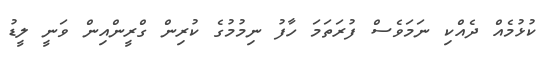
ކުޅުމެއް ދެއްކި ނަމަވެސް ފުރަތަމަ ހާފު ނިމުމުގެ ކުރިން ގްރީންއިން ވަނީ ލީޑު